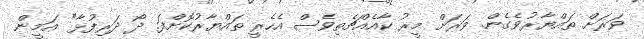
ވަރަށް ތައްޔާރުވެގެން. ވަރަށް މީރު ކާއެއްޗެތިވެސް އެހެރީ ތައްޔާރުކޮށްފަ. ދޯ ދަރިފުޅާ" އަމީން